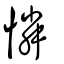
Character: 憐